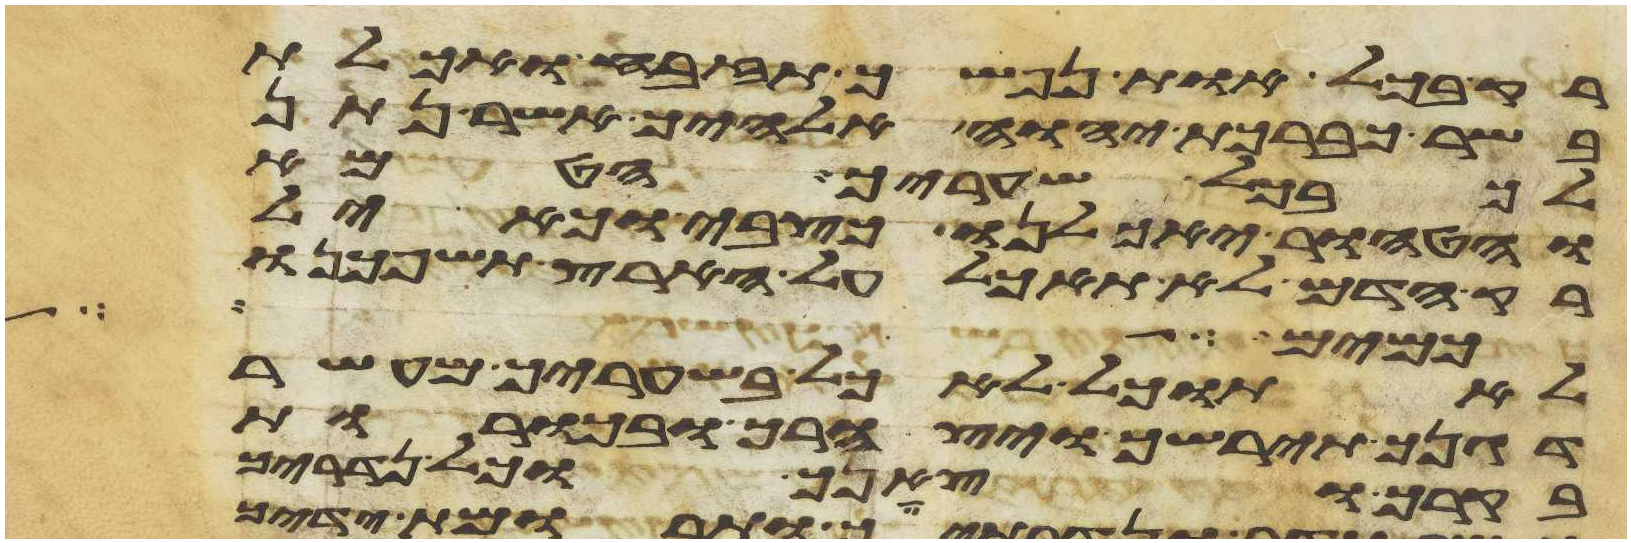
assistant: רק בכל אות נפשך תזבח ואכלת
בשר כברכת יהוה אלהיך אשר נתן
בכל שעריך הטמא
והטהור יאכלנו כצבי וכאיל
רק הדם לא תאכל על הארץ תשפכנו
כמים לא תוכל
לא תוכל לאכל בשעריך מעשר
דגנך תירשך ויצהרך ובכורת
בקרך וצאנך וכל נדריך